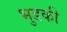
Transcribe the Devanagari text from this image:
भुडकी